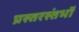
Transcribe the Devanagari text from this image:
प्रस्तरस्तंभों